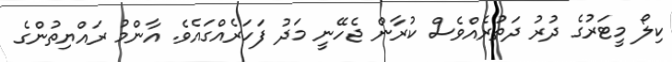
ކިލޯ މީޓަރުގެ ދުރު ދަތުރެއްވެސް ކުރާން ޖެހޭނީ މަދު ފަހަރެއްގައެވެ. އާންމު ރައްޔިތުންގެ